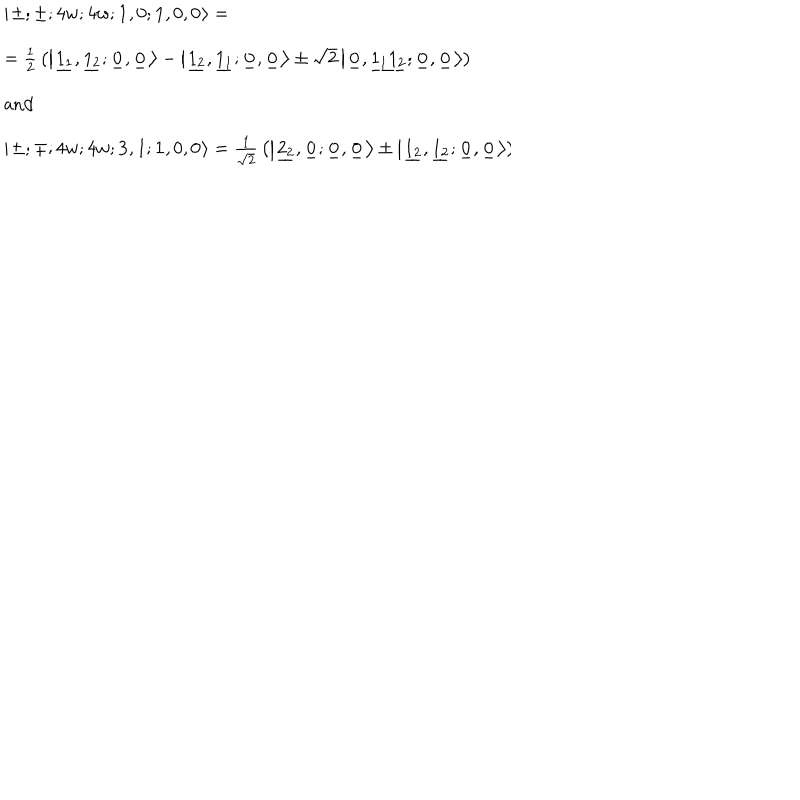
\begin{array} { l } { { \left| \ \! \pm ; \pm ; 4 w ; 4 w ; { \mathbf 1 } , 0 ; { \mathbf 1 } , 0 , 0 \ \! \right\rangle = } } \\ { { \hspace { 1 . 5 c m } = { \frac { 1 } { 2 } } \left( \left| \ \! \underline { { { 1 _ { 1 } } } } , \underline { { { 1 _ { 2 } } } } ; \underline { { { 0 _ { } } } } , \underline { { { 0 _ { } } } } \ \! \right\rangle - \left| \ \! \underline { { { 1 _ { 2 } } } } , \underline { { { 1 _ { 1 } } } } ; \underline { { { 0 _ { } } } } , \underline { { { 0 _ { } } } } \ \! \right\rangle \pm \sqrt { 2 } \left| \ \! \underline { { { 0 _ { } } } } , \underline { { { 1 _ { 1 } 1 _ { 2 } } } } ; \underline { { { 0 _ { } } } } , \underline { { { 0 _ { } } } } \ \! \right\rangle \right) } } \\ { { \hspace { 0 . 5 c m } \mathrm { a n d } } } \\ { { \left| \ \! \pm ; \mp ; 4 w ; 4 w ; { \mathbf 3 } , 1 ; { \mathbf 1 } , 0 , 0 \ \! \right\rangle = { \frac { 1 } { \sqrt { 2 } } } \left( \left| \ \! \underline { { { 2 _ { 2 } } } } , \underline { { { 0 _ { } } } } ; \underline { { { 0 _ { } } } } , \underline { { { 0 _ { } } } } \ \! \right\rangle \pm \left| \ \! \underline { { { 1 _ { 2 } } } } , \underline { { { 1 _ { 2 } } } } ; \underline { { { 0 _ { } } } } , \underline { { { 0 _ { } } } } \ \! \right\rangle \right) } } \\ \end{array} \hspace { 1 c m }